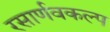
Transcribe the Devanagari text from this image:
रसार्णवकल्प